Annual report on the working of the lock hospitals in the North-Western Provinces and Oudh
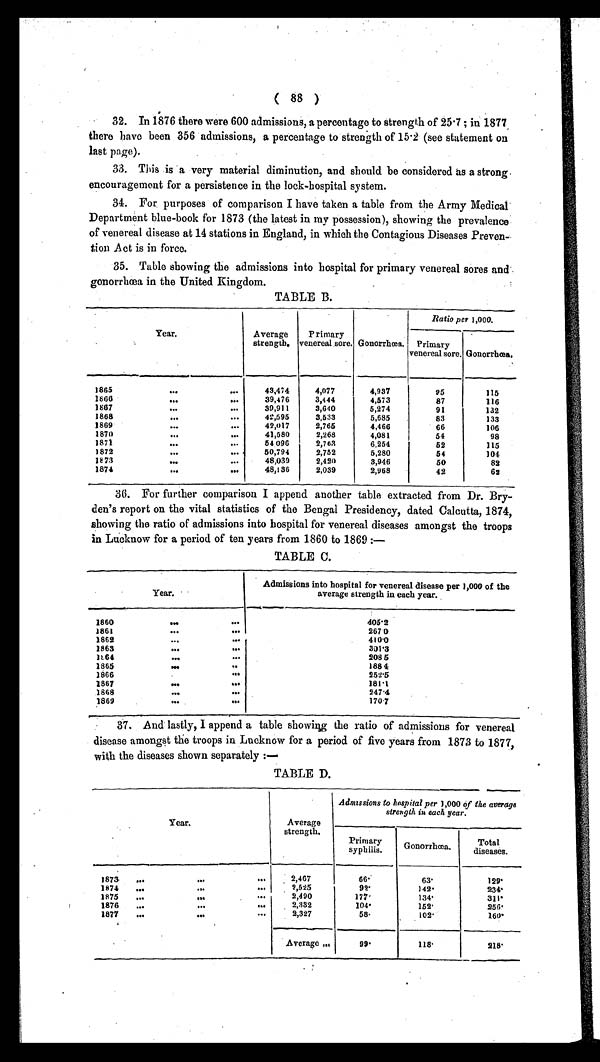
( 88 )
32. In 1876 there were 600 admissions, a percentage to strength of 25·7 ; in 1877
there have been 356 admissions, a percentage to strength of 15·2 (see statement on
last page).
33. This is a very material diminution, and should be considered as a strong.
encouragement for a persistence in the lock-hospital system.
34. For purposes of comparison I have taken a table from the Army Medical
Department blue-book for 1873 (the latest in my possession), showing the prevalence
of venereal disease at 14 stations in England, in which the Contagious Diseases Preven-
tion Act is in force.
35. Table showing the admissions into hospital for primary venereal sores and
gonorrhœa in the United Kingdom.
TABLE B.
Year.
Average
strength.
Primary
venereal sore. Gonorrhœa.
Ratio per 1,000.
Primary
venereal sore. Gonorrhœa.
1865
...
...
43,474
4,077
4,937
95
115
1866
. . .
...
39,476
3,444
4,573
87
116
1867
...
...
39,911
3,640
5,274
91
132
1868
...
. . .
42,595
3,533
5,685
83
133
1869
...
. . .
42,017
2,765
4,466
66
106
1870
...
...
41,580
2,268
4,081
54
98
1871
. . .
. . .
54 096
2,763
6,254
52
115
1872
...
. . .
50,794
2,752
5,280
54
104
1873
...
. . .
48,039
2,420
3,946
50
82
1874
. . .
. . .
48,136
2,039
2,968
42
6 2
36. For further comparison I append another table extracted from Dr. Bry-
den's report on the vital statistics of the Bengal Presidency, dated Calcutta, 1874,
showing the ratio of admissions into hospital for venereal diseases amongst the troops
in Lucknow for a period of ten years from 1860 to 1869 :
—
TABLE C.
Year.
Admissions into hospital for venereal disease per 1,000 of the
average strength in each year.
1860
. . .
. . .
405·2
1861
. . .
. . .
267·0
1862
...
. . .
4 1 0 · 0
1863
...
...
301·3
1864
...
. . .
208 5
1865
. . .
. . .
188 4
1866
. . .
. . .
252·5
1867
...
. . .
181·1
1868
...
...
247·4
1869
...
. . .
170·7
37. And lastly, I append a table showing the ratio of admissions for venereal
disease amongst the troops in Lucknow for a period of five years from 1873 to 1877,
with the diseases shown separately :—
TABLE D.
Y e a r .
Average
strength.
Admissions to hospital per 1,000 of the average
strength in each year.
Primary
syphilis.
Gonorrhœa.
Total
diseases.
1873 ...
...
...
2,467
6 6 ·
6 3 ·
1 2 9 ·
1874 ...
. . .
. . .
2,525
9 2 ·
1 4 2 ·
2 3 4 ·
1875 . . .
. . .
. . .
2,490
1 7 7 ·
1 3 4 ·
3 1 1 ·
1876 ...
...
. . .
2,332
1 0 4 ·
1 5 2 ·
2 5 6 ·
1877 ...
...
...
2,327
5 8 ·
1 0 2 ·
1 6 0 ·
Average ...
9 9 ·
1 1 8 ·
2 1 8 ·